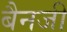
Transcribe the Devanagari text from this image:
बैनजी